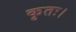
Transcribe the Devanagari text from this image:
कृतः।